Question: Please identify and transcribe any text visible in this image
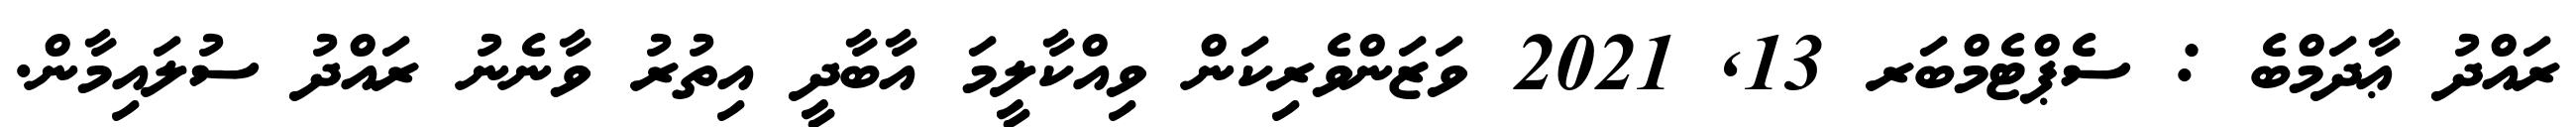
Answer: ރައްދު ޢާދަމްބެ : ސެޕްޓެމްބަރ 13, 2021 ވަޒަންވެރިކަން ވިއްކާލީމަ އާބާދީ އިތުރު ވާނެނު ރައްދު ސުލައިމާން.